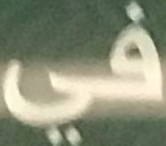
في